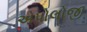
એપોલોજી